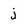
Character: j